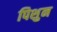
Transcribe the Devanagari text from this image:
पिशुन